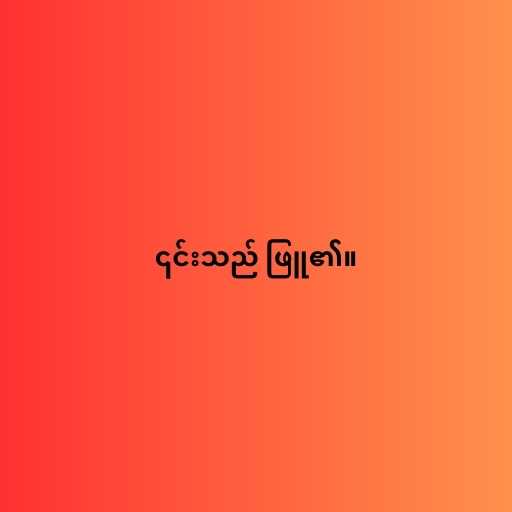
၎င်းသည် ဖြူ၏။